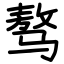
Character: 骜